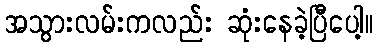
အသွားလမ်းကလည်း ဆုံးနေခဲ့ပြီပေါ့။